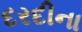
દરદીના